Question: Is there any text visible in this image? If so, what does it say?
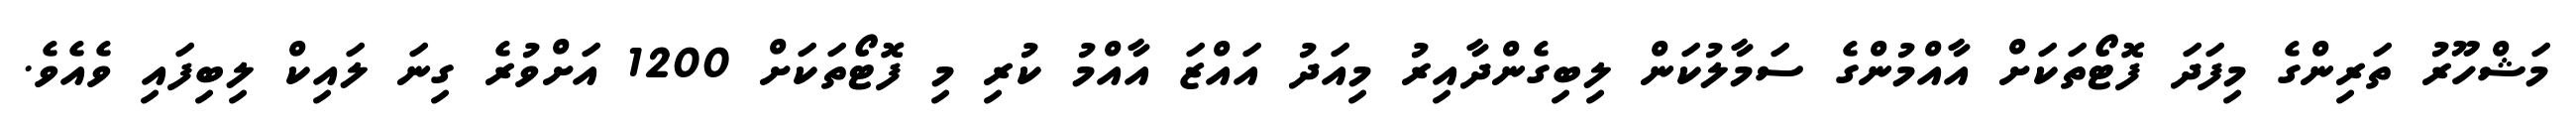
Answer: މަޝްހޫރު ތަރިންގެ މިފަދަ ފޮޓޯތަކަށް އާއްމުންގެ ސަމާލުކަން ލިބިގެންދާއިރު މިއަދު އައްޒަ އާއްމު ކުރި މި ފޮޓޯތަކަށް 1200 އަށްވުރެ ގިނަ ލައިކް ލިބިފައި ވެއެވެ.